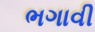
ભગાવી